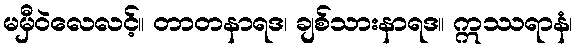
မမှီဝဲလေလင့်။ တာတနာရဒ၊ ချစ်သားနာရဒ။ ဣဿရာနံ၊